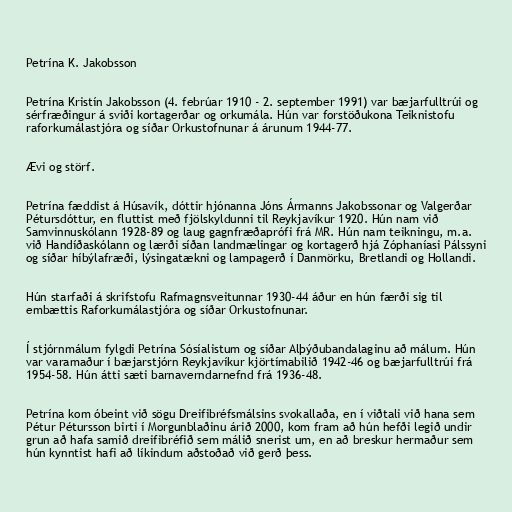
Petrína K. Jakobsson

Petrína Kristín Jakobsson (4. febrúar 1910 - 2. september 1991) var bæjarfulltrúi og
sérfræðingur á sviði kortagerðar og orkumála. Hún var forstöðukona Teiknistofu
raforkumálastjóra og síðar Orkustofnunar á árunum 1944-77.

Ævi og störf.

Petrína fæddist á Húsavík, dóttir hjónanna Jóns Ármanns Jakobssonar og Valgerðar
Pétursdóttur, en fluttist með fjölskyldunni til Reykjavíkur 1920. Hún nam við
Samvinnuskólann 1928-89 og laug gagnfræðaprófi frá MR. Hún nam teikningu, m.a.
við Handíðaskólann og lærði síðan landmælingar og kortagerð hjá Zóphaníasi Pálssyni
og síðar híbýlafræði, lýsingatækni og lampagerð í Danmörku, Bretlandi og Hollandi.

Hún starfaði á skrifstofu Rafmagnsveitunnar 1930-44 áður en hún færði sig til
embættis Raforkumálastjóra og síðar Orkustofnunar.

Í stjórnmálum fylgdi Petrína Sósíalistum og síðar Alþýðubandalaginu að málum. Hún
var varamaður í bæjarstjórn Reykjavíkur kjörtímabilið 1942-46 og bæjarfulltrúi frá
1954-58. Hún átti sæti barnaverndarnefnd frá 1936-48.

Petrína kom óbeint við sögu Dreifibréfsmálsins svokallaða, en í viðtali við hana sem
Pétur Pétursson birti í Morgunblaðinu árið 2000, kom fram að hún hefði legið undir
grun að hafa samið dreifibréfið sem málið snerist um, en að breskur hermaður sem
hún kynntist hafi að líkindum aðstoðað við gerð þess.